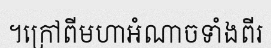
។ក្រៅពីមហាអំណាចទាំងពីរ